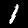
Digit: 1